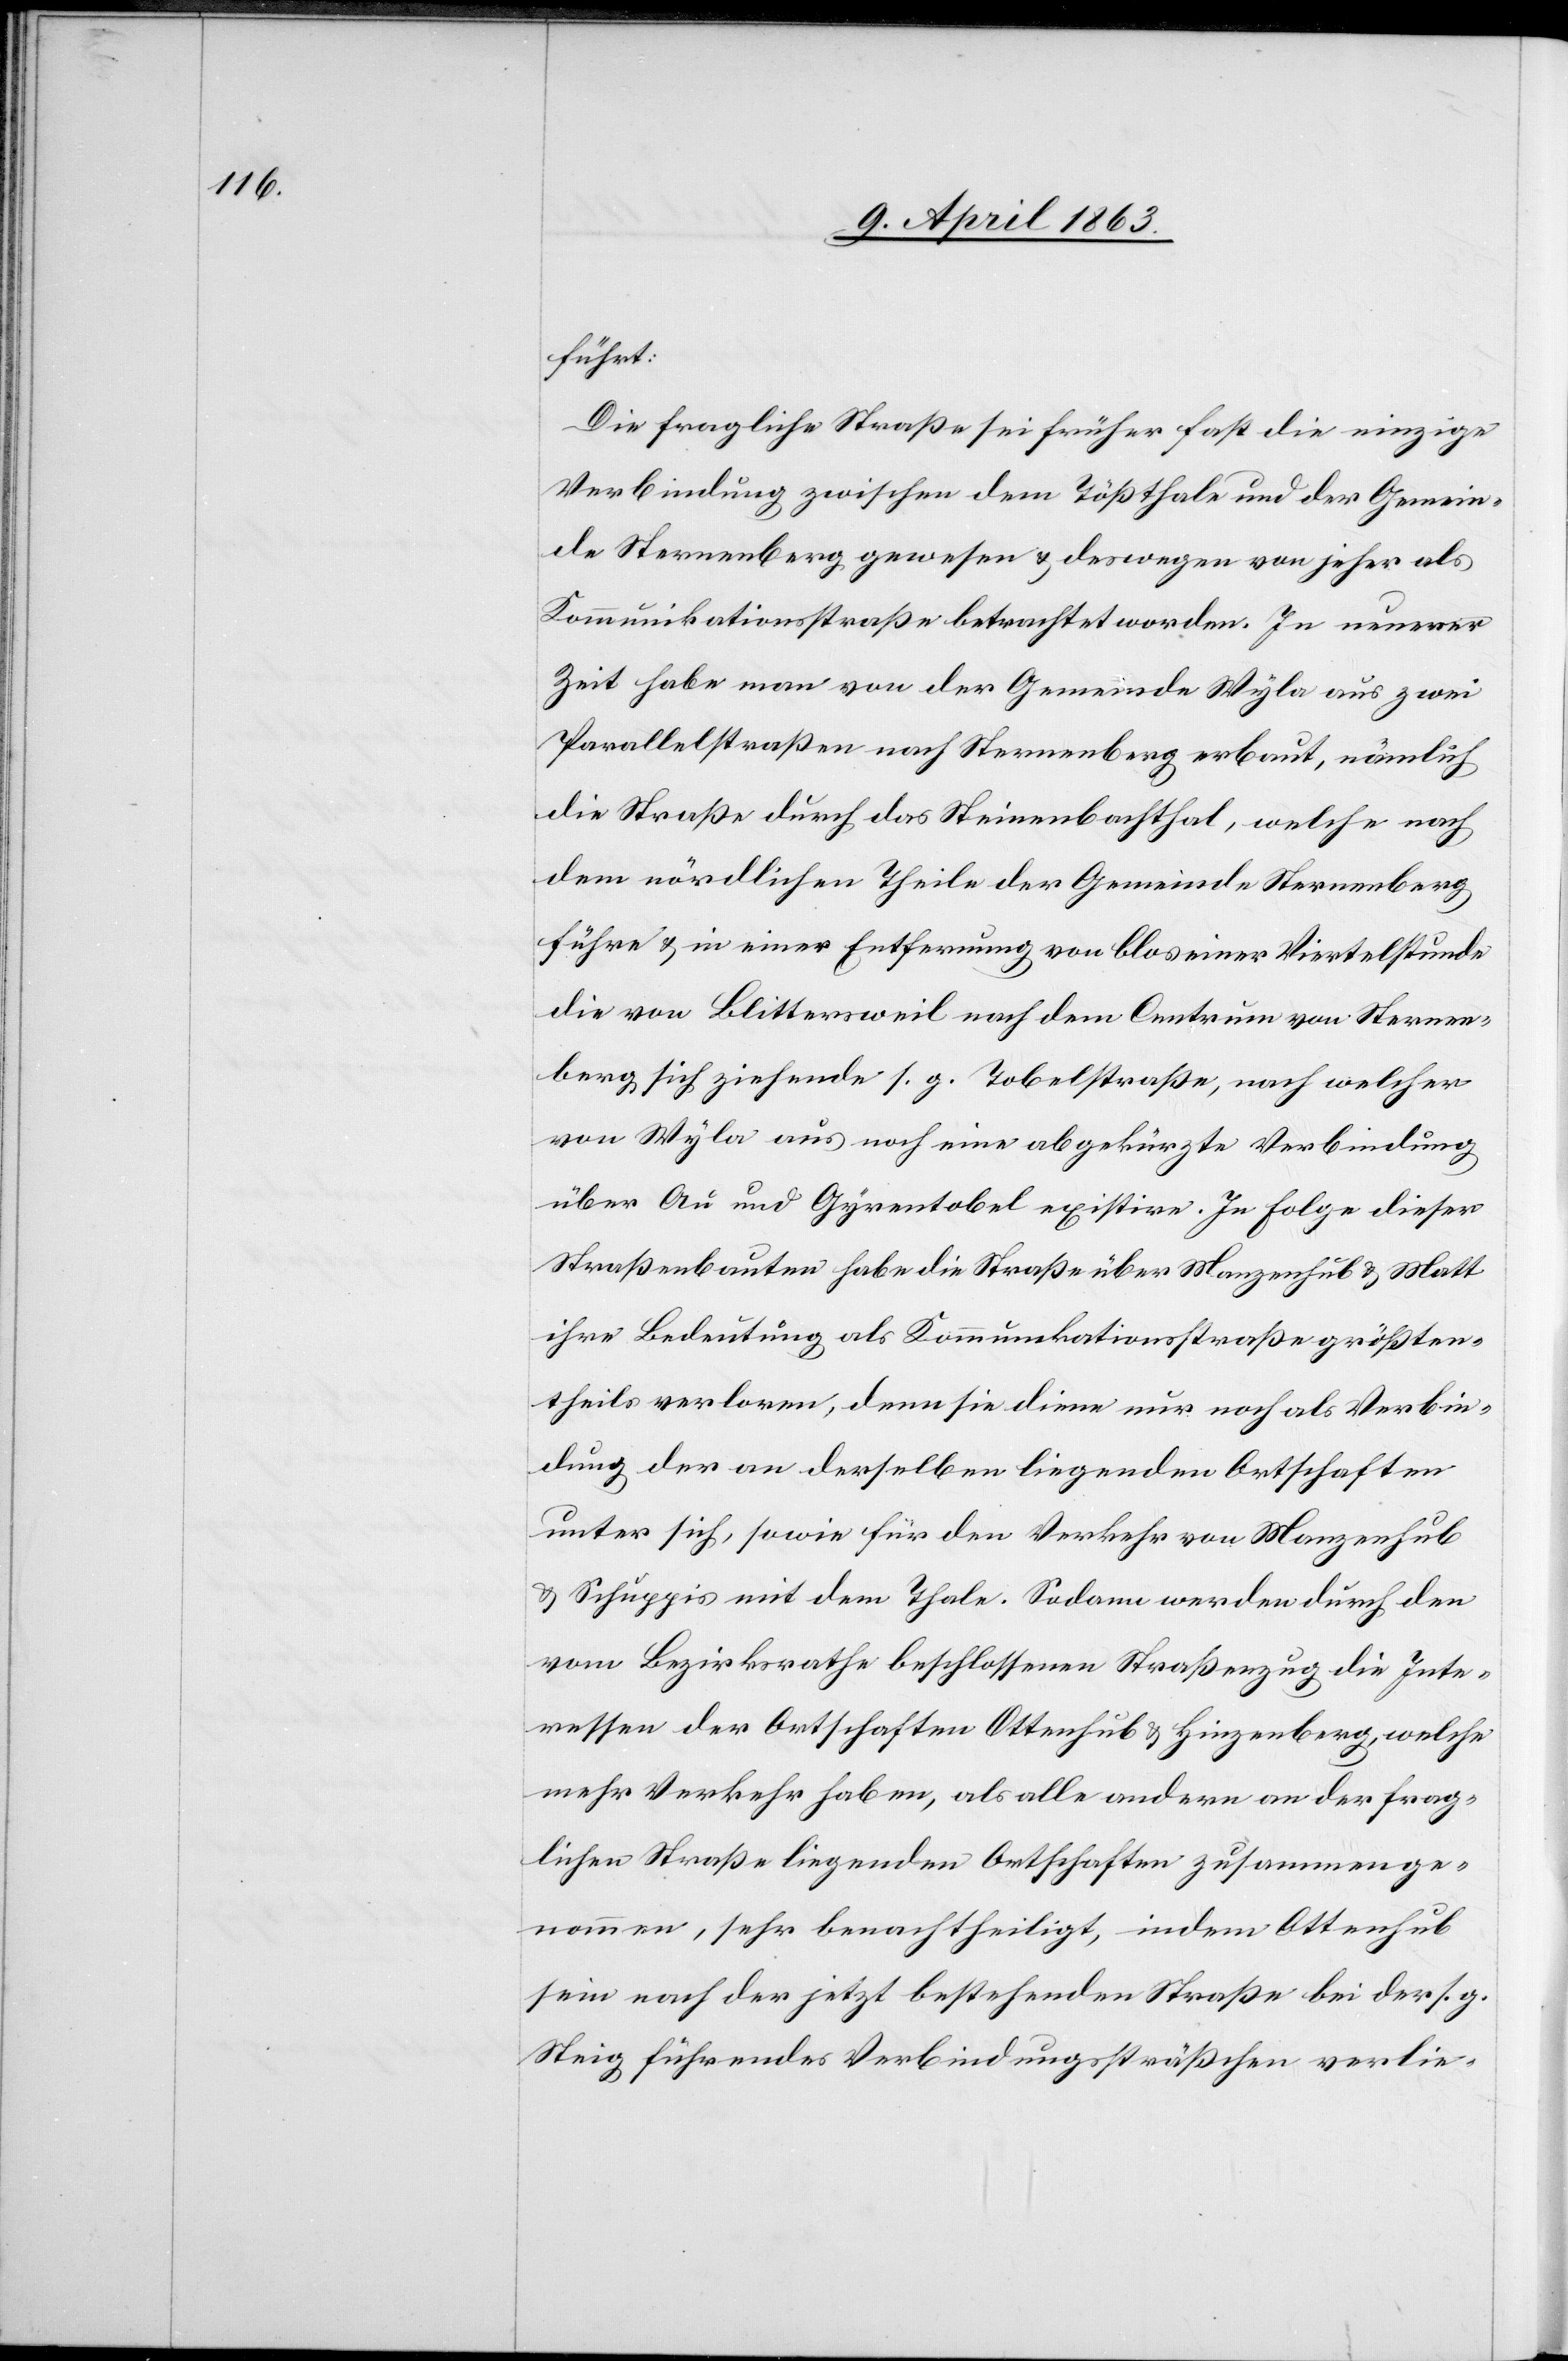
führt:
Die fragliche Straße sei früher fast die einzige
Verbindung zwischen dem Tößthale und der Gemein¬
de Sternenberg gewesen & deswegen von jeher als
Kommunikationsstraße betrachtet worden. In neuerer
Zeit habe man von der Gemeinde Wyla aus zwei
Parallelstraßen nach Sternenberg erbaut, nämlich
die Straße durch das Steinenbachthal, welche nach
dem nördlichen Theile der Gemeinde Sternenberg
führe & in einer Entfernung von blos einer Viertelstunde
die von Blittersweil nach dem Centrum von Sternen¬
berg sich ziehende s. g. Tobelstraße, nach welcher
von Wyla aus noch eine abgekürzte Verbindung
über Au und Gyrentobel existire. In Folge dieser
Straßenbauten habe die Straße über Manzenhub & Matt
ihre Bedeutung als Kommunikationsstraße größten¬
theils verloren, denn sie diene nur noch als Verbin¬
dung der an derselben liegenden Ortschaften
unter sich, sowie für den Verkehr von Mazenhub
& Schuppis mit dem Thale. Sodann werden durch den
vom Bezirksrathe beschlossenen Straßenzug die Inte¬
ressen der Ortschaften Ottenhub & Hinzenberg, welche
mehr Verkehr haben, als alle andern an der frag¬
lichen Straße liegenden Ortschaften zusammenge¬
nommen, sehr benachtheiligt, indem Ottenhub
sein nach der jetzt bestehenden Straße bei der s. g.
Steig führendes Verbindungssträßchen verlie-